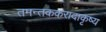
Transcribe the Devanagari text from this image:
तमन्तककरादाकृष्य